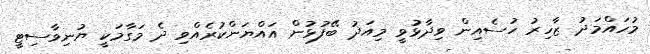
މުހައްމަދު ޒާހިރު ހުސެއިން ވިދާޅުވީ މިއަދު ބޭފުޅުން އައްޔަންކުރެއްވި ދެ މަގާމަކީ ޔުނިވާސިޓީ